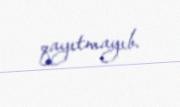
qayıtmayıb.